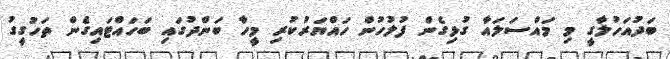
ބަދުއަހުލާގީ މި މައްސަލައާ ގުޅިގެން ފުލުހުން ހައްޔަރުކުރި މީހާ ބަންދުގައި ބަހައްޓައިގެން ތަހުގީގު